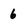
Character: 6